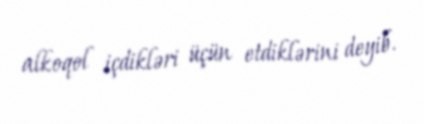
alkoqol içdikləri üçün etdiklərini deyib.